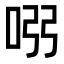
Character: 𠱳